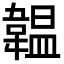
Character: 韞